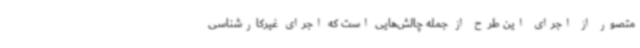
متصور از اجرای این طرح از جمله چالش‌هایی است که اجرای غیرکارشناسی